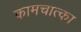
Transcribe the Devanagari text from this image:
कामचात्का